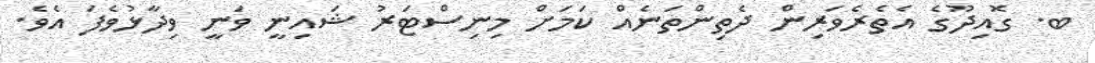
ބ. ގޮއިދޫގެ އެތެރެވަރިން ދެތިންތަނެއް ކަމަށް މިނިސްޓަރު ޝައިނީ ވަނީ ވިދާޅުވެފަ އެވެ.